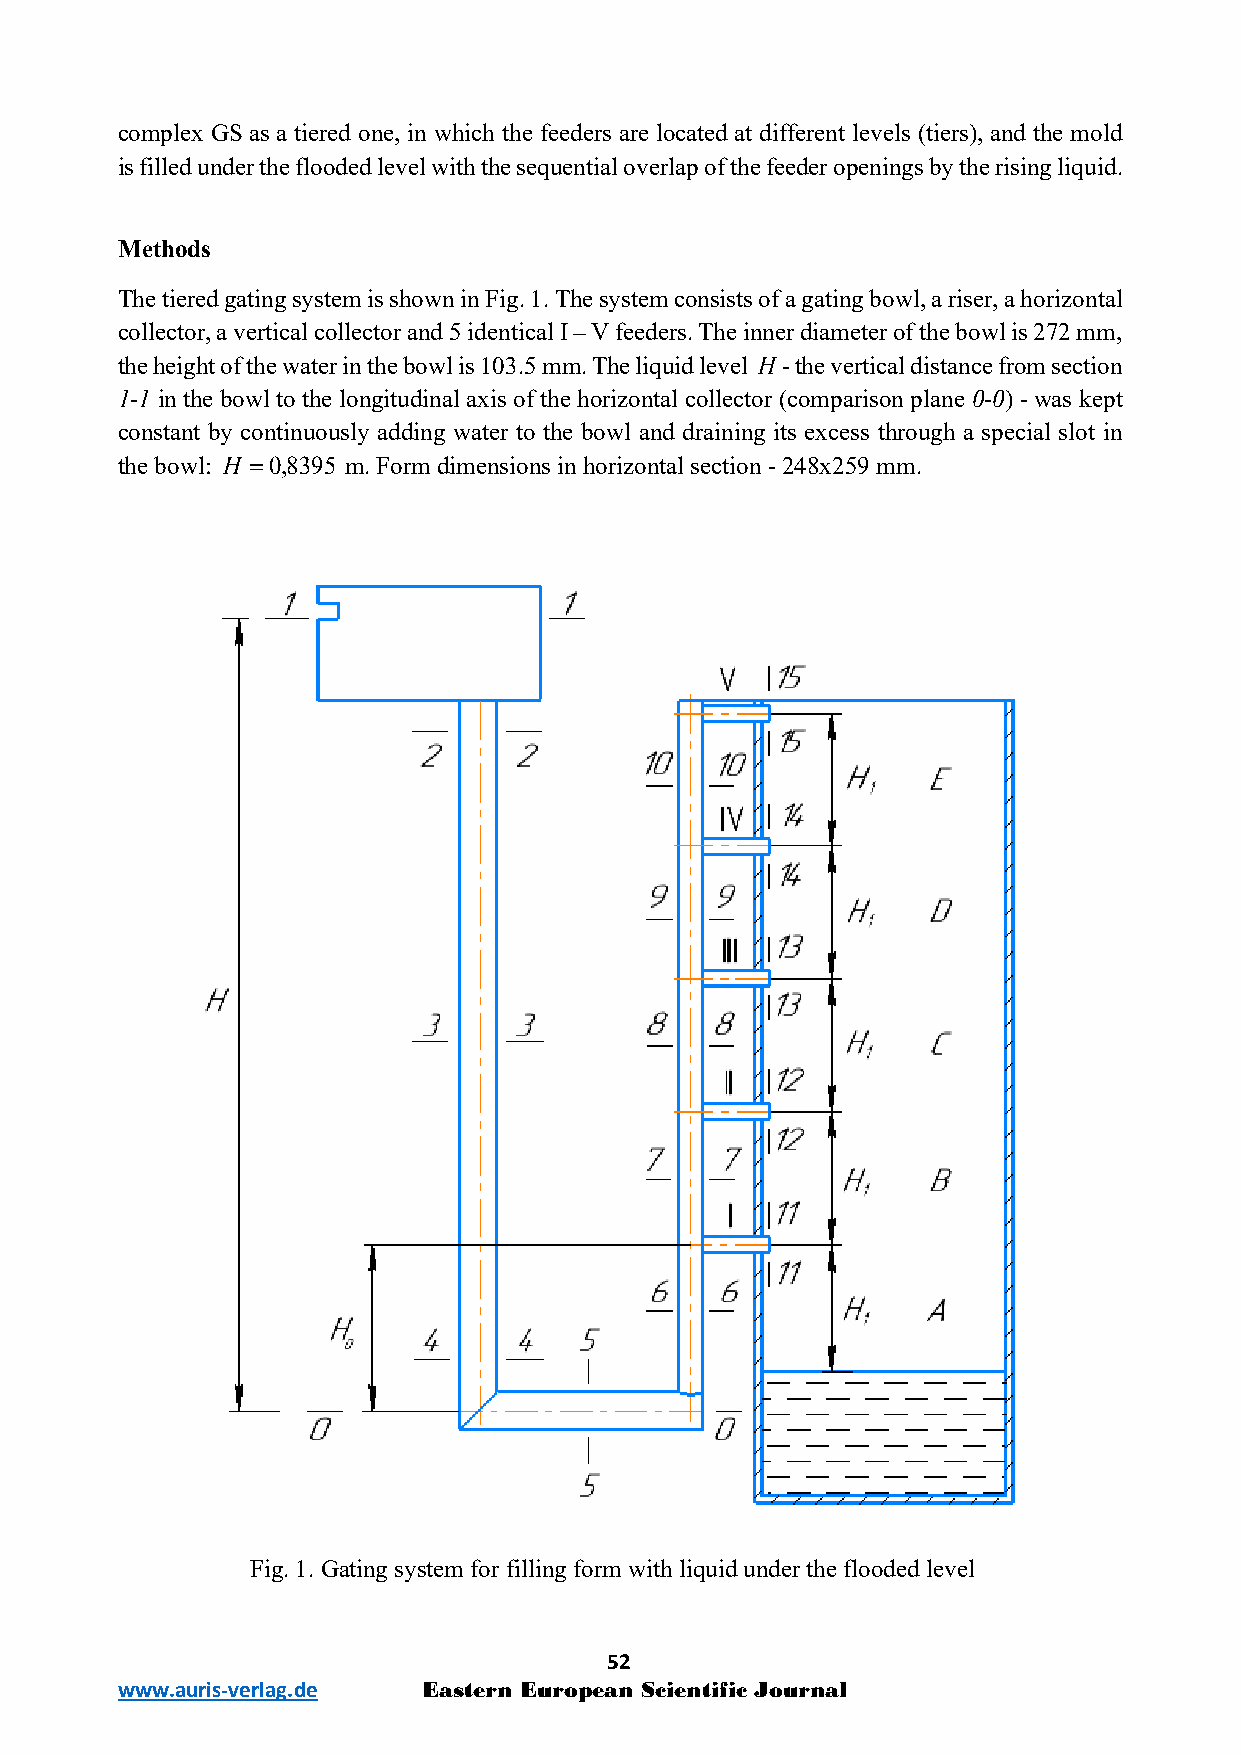
complex GS as a tiered one, in which the feeders are located at different levels (tiers), and the mold
 is filled under the flooded level with the sequential overlap of the feeder openings by the rising liquid.
 Methods
 The tiered gating system is shown in Fig. 1. The system consists of a gating bowl, a riser, a horizontal
 collector, a vertical collector and 5 identical I – V feeders. The inner diameter of the bowl is 272 mm,
 the height of the water in the bowl is 103.5 mm. The liquid level H - the vertical distance from section
 1-1 in the bowl to the longitudinal axis of the horizontal collector (comparison plane 0-0) - was kept
 constant by continuously adding water to the bowl and draining its excess through a special slot in
 the bowl: H =0,8395 m. Form dimensions in horizontal section - 248x259 mm.
 Fig. 1. Gating system for filling form with liquid under the flooded level
 52
 www.auris-verlag.de Eastern European Scientific Journal